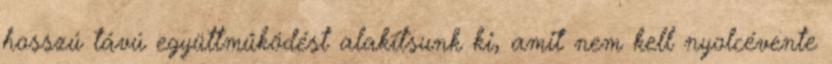
hosszú távú együttműködést alakítsunk ki, amit nem kell nyolcévente